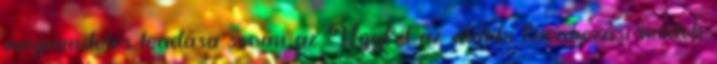
megrendelés leadása során az Ügyfél az alábbi fuvarozási módok